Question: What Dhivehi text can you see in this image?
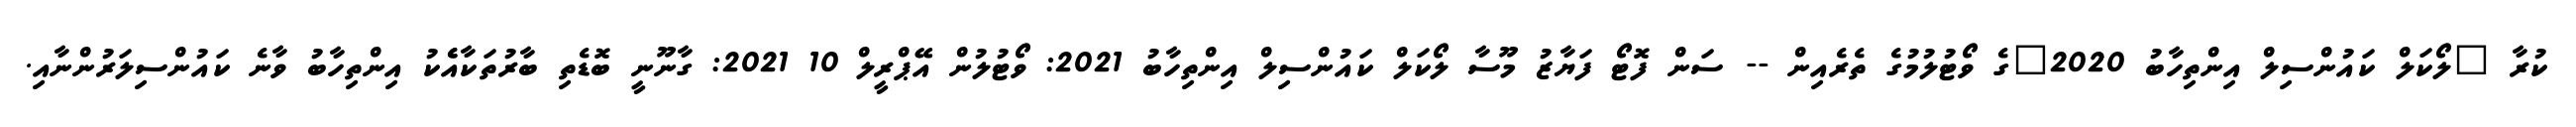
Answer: ކުރާ "ލޯކަލް ކައުންސިލް އިންތިހާބު 2020"ގެ ވޯޓުލުމުގެ ތެރެއިން -- ސަން ފޮޓޯ ފަޔާޒު މޫސާ ލޯކަލް ކައުންސިލް އިންތިހާބު 2021: ވޯޓުލުން އޭޕްރީލް 10 2021: ގާނޫނީ ބޮޑެތި ބާރުތަކާއެެކު އިންތިހާބު ވާނެ ކައުންސިލަރުންނާއި.